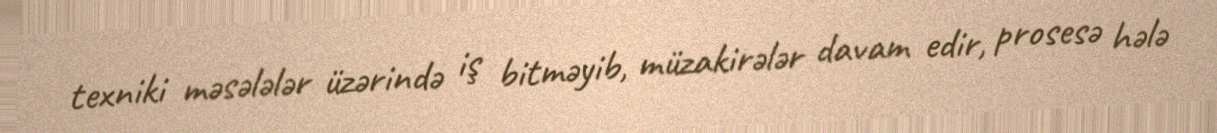
texniki məsələlər üzərində iş bitməyib, müzakirələr davam edir, prosesə hələ